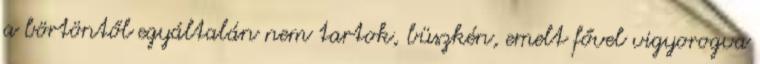
a börtöntől egyáltalán nem tartok, büszkén, emelt fővel vigyorogva